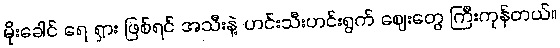
မိုးခေါင် ရေ ရှား ဖြစ်ရင် အသီးနဲ့ ဟင်းသီးဟင်းရွက် ဈေးတွေ ကြီးကုန်တယ်။